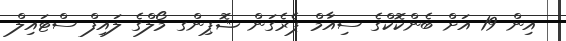
އިން 19 އަށް ބެންކޮކްގެ ސިއާމް ޕެރެގަން ޝޮޕިންގ މޯލްގެ ލައިފް ސްޓައިލް